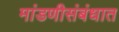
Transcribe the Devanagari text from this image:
मांडणीसंबंधात